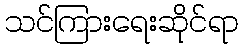
သင်ကြားရေးဆိုင်ရာ